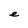
Character: e